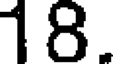
18.